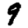
Digit: 9